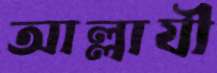
আল্লাযী